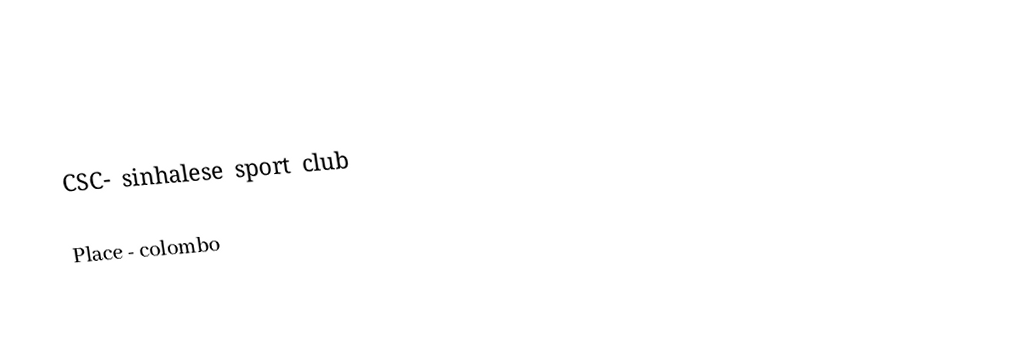
CSC- sinhalese sport club

Place - colombo